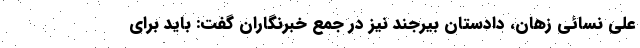
علی نسائی زهان، دادستان بیرجند نیز در جمع خبرنگاران گفت: باید برای